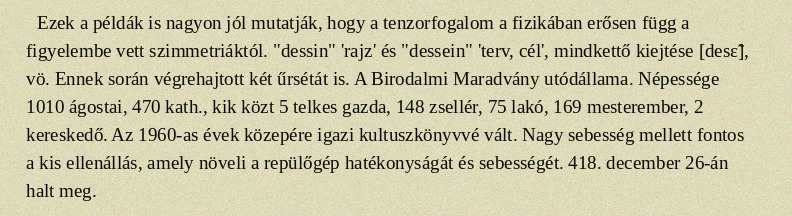
Ezek a példák is nagyon jól mutatják, hogy a tenzorfogalom a fizikában erősen függ a figyelembe vett szimmetriáktól. "dessin" 'rajz' és "dessein" 'terv, cél', mindkettő kiejtése [desɛ̃], vö. Ennek során végrehajtott két űrsétát is. A Birodalmi Maradvány utódállama. Népessége 1010 ágostai, 470 kath., kik közt 5 telkes gazda, 148 zsellér, 75 lakó, 169 mesterember, 2 kereskedő. Az 1960-as évek közepére igazi kultuszkönyvvé vált. Nagy sebesség mellett fontos a kis ellenállás, amely növeli a repülőgép hatékonyságát és sebességét. 418. december 26-án halt meg.